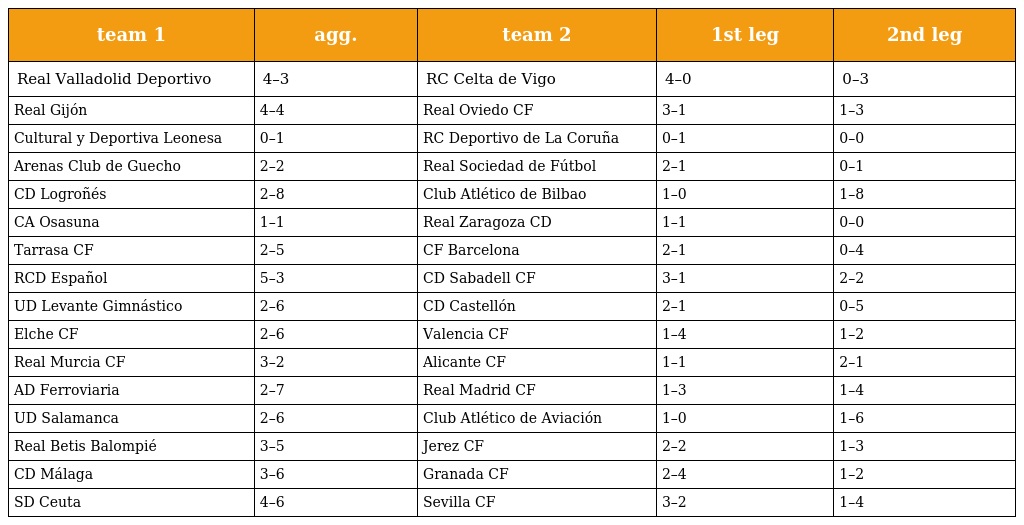
| team 1 | agg. | team 2 | 1st leg | 2nd leg |
 | --- | --- | --- | --- | --- |
 | Real Valladolid Deportivo | 4–3 | RC Celta de Vigo | 4–0 | 0–3 |
 | Real Gijón | 4–4 | Real Oviedo CF | 3–1 | 1–3 |
 | Cultural y Deportiva Leonesa | 0–1 | RC Deportivo de La Coruña | 0–1 | 0–0 |
 | Arenas Club de Guecho | 2–2 | Real Sociedad de Fútbol | 2–1 | 0–1 |
 | CD Logroñés | 2–8 | Club Atlético de Bilbao | 1–0 | 1–8 |
 | CA Osasuna | 1–1 | Real Zaragoza CD | 1–1 | 0–0 |
 | Tarrasa CF | 2–5 | CF Barcelona | 2–1 | 0–4 |
 | RCD Español | 5–3 | CD Sabadell CF | 3–1 | 2–2 |
 | UD Levante Gimnástico | 2–6 | CD Castellón | 2–1 | 0–5 |
 | Elche CF | 2–6 | Valencia CF | 1–4 | 1–2 |
 | Real Murcia CF | 3–2 | Alicante CF | 1–1 | 2–1 |
 | AD Ferroviaria | 2–7 | Real Madrid CF | 1–3 | 1–4 |
 | UD Salamanca | 2–6 | Club Atlético de Aviación | 1–0 | 1–6 |
 | Real Betis Balompié | 3–5 | Jerez CF | 2–2 | 1–3 |
 | CD Málaga | 3–6 | Granada CF | 2–4 | 1–2 |
 | SD Ceuta | 4–6 | Sevilla CF | 3–2 | 1–4 |